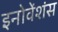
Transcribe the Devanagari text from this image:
इनोवेंशंस